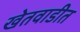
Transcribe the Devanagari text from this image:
खेतवाडीत